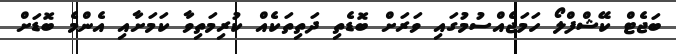
ބަޖެޓް ކޭޝްފްލޯ ހަމަޖެއްސުމުގައި ވަރަށް ބޮޑެތި ދަތިތަކެއް ކުރިމަތިވާ ކަމަށާއި އެންމެ ބޮޑަށް